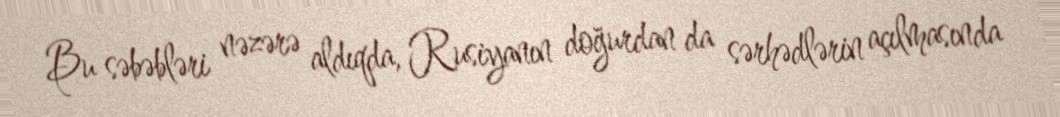
Bu səbəbləri nəzərə aldıqda, Rusiyanın doğurdan da sərhədlərin açılmasında